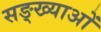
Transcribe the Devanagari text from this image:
सङ्ख्याअाें